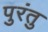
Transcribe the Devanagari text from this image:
पुरंतु